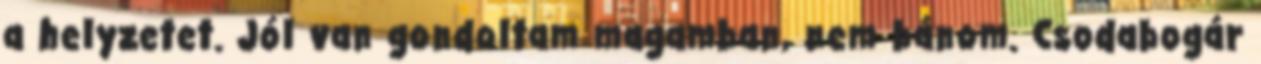
a helyzetet. Jól van gondoltam magamban, nem bánom. Csodabogár